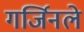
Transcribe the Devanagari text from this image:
गर्जिनले